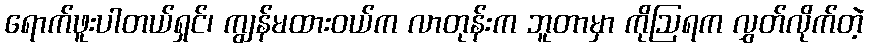
ရောက်ဖူးပါတယ်ရှင်၊ ကျွန်မထားဝယ်က လာတုန်းက ဘူတာမှာ ကိုဩရက လွှတ်လိုက်တဲ့